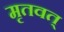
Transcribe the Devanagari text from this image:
मृतवत्